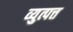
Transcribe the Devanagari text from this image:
व्युत्पत्त